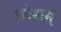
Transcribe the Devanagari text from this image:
परेशम्